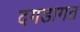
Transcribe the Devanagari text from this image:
दगडागत